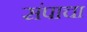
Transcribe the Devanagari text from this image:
संपाचा